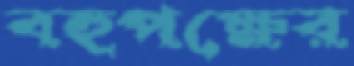
বহুপক্ষের